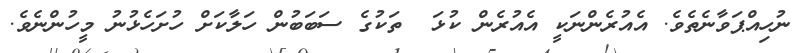
ނުހިއްޕަވާނެތެވެ. އެއުރެންނަކީ އެއުރެން ކުޅަ  ތަކުގެ ސަބަބުން ހަލާކަށް ހުށަހެޅުނު މީހުންނެވެ.